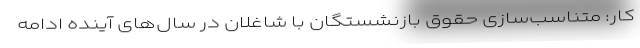
کار: متناسب‌سازی حقوق بازنشستگان با شاغلان در سال‌های آینده ادامه